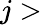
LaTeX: j>